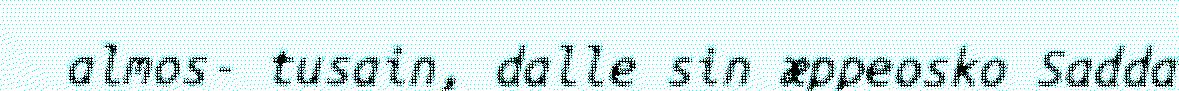
almos- tusain, dalle sin æppeosko Sadda